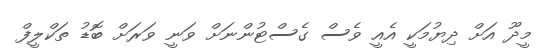
މީދޫ އަށް ދިޔުމަކީ އެއީ ވެސް ގެސްޓުންނަށް ވަނީ ވަރަށް ބޮޑު ތަކްލީފް